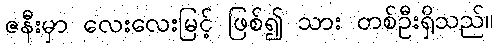
ဇနီးမှာ လေးလေးမြင့် ဖြစ်၍ သား တစ်ဦးရှိသည်။